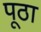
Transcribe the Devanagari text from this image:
पूठा